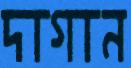
দাগান